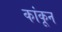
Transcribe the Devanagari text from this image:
कांकून